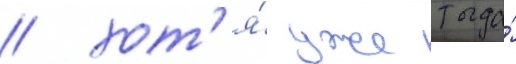
/ хот'я́ уже тогда́